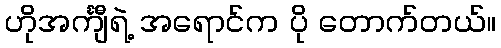
ဟိုအင်္ကျီရဲ့ အရောင်က ပို တောက်တယ်။